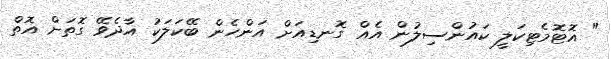
" އޮޓޮމެޓިކަލީ ކައުންސިލުން އެއް ގޮނޑިއަށް އަންހެން ބޭކަލަކު އާދެވޭ ގޮތަށް އޮތް